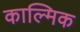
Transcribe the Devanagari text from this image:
काल्मिक